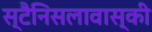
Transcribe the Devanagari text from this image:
स्टैनिसलावास्की